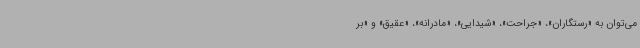
می‌توان به «رستگاران»، «جراحت»، «شیدایی»، «مادرانه»، «عقیق» و «بر